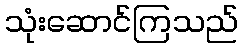
သုံးဆောင်ကြသည်